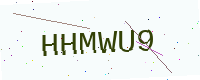
Text: HHMWU9